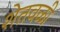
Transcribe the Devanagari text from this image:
शेतवळी